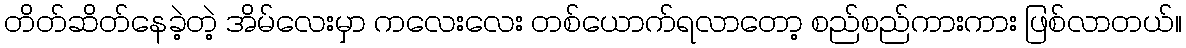
တိတ်ဆိတ်နေခဲ့တဲ့ အိမ်လေးမှာ ကလေးလေး တစ်ယောက်ရလာတော့ စည်စည်ကားကား ဖြစ်လာတယ်။